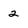
Character: 2